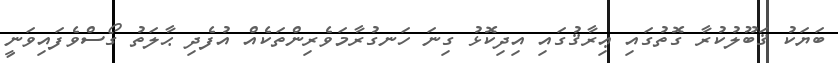
ބަޔަކު ޤަބޫލުކުރާ ގޮތުގައި ޢިރާޤުގައި އިދިކޮޅު ގިނަ ހަނގުރާމަވެރިންތަކެއް އުފެދި ޙާލަތު ގޯސްވެފައިވަނީ